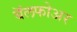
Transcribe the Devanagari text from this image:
बॅलफोअर